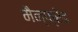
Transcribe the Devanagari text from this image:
मैन्फ्रेड